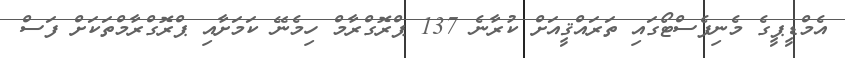
އެމްޑީޕީގެ މެނިފެސްޓޯގައި ތަރައްޤީއަށް ކުރާނެ 137 ޕްރޮގްރާމް ހިމެނޭ ކަމަށާއި ޕްރޮގްރާމްތަކަށް ފަސް